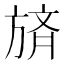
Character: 𪯼